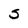
Character: S